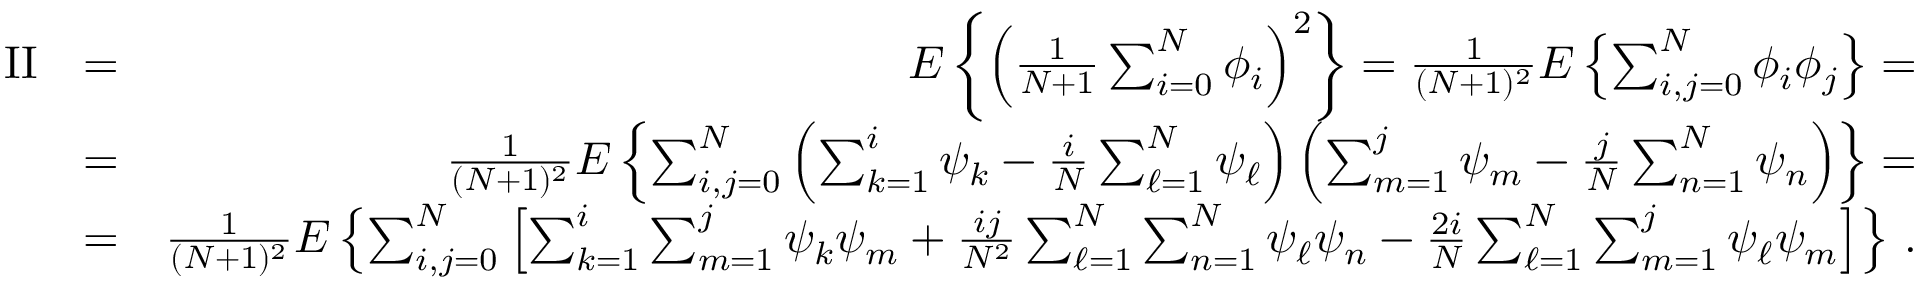
\begin{array} { r l r } { \mathrm { I I } } & { = } & { E \left\{ \left( { \frac { 1 } { N + 1 } } \sum _ { i = 0 } ^ { N } \phi _ { i } \right) ^ { 2 } \right\} = { \frac { 1 } { ( N + 1 ) ^ { 2 } } } E \left\{ \sum _ { i , j = 0 } ^ { N } \phi _ { i } \phi _ { j } \right\} = } \\ & { = } & { { \frac { 1 } { ( N + 1 ) ^ { 2 } } } E \left\{ \sum _ { i , j = 0 } ^ { N } \left( \sum _ { k = 1 } ^ { i } \psi _ { k } - { \frac { i } { N } } \sum _ { \ell = 1 } ^ { N } \psi _ { \ell } \right) \left( \sum _ { m = 1 } ^ { j } \psi _ { m } - { \frac { j } { N } } \sum _ { n = 1 } ^ { N } \psi _ { n } \right) \right\} = } \\ & { = } & { { \frac { 1 } { ( N + 1 ) ^ { 2 } } } E \left\{ \sum _ { i , j = 0 } ^ { N } \left[ \sum _ { k = 1 } ^ { i } \sum _ { m = 1 } ^ { j } \psi _ { k } \psi _ { m } + { \frac { i j } { N ^ { 2 } } } \sum _ { \ell = 1 } ^ { N } \sum _ { n = 1 } ^ { N } \psi _ { \ell } \psi _ { n } - { \frac { 2 i } { N } } \sum _ { \ell = 1 } ^ { N } \sum _ { m = 1 } ^ { j } \psi _ { \ell } \psi _ { m } \right] \right\} \, . } \end{array}